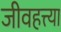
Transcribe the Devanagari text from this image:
जीवहत्त्या